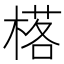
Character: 𱣿